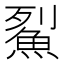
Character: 鮤